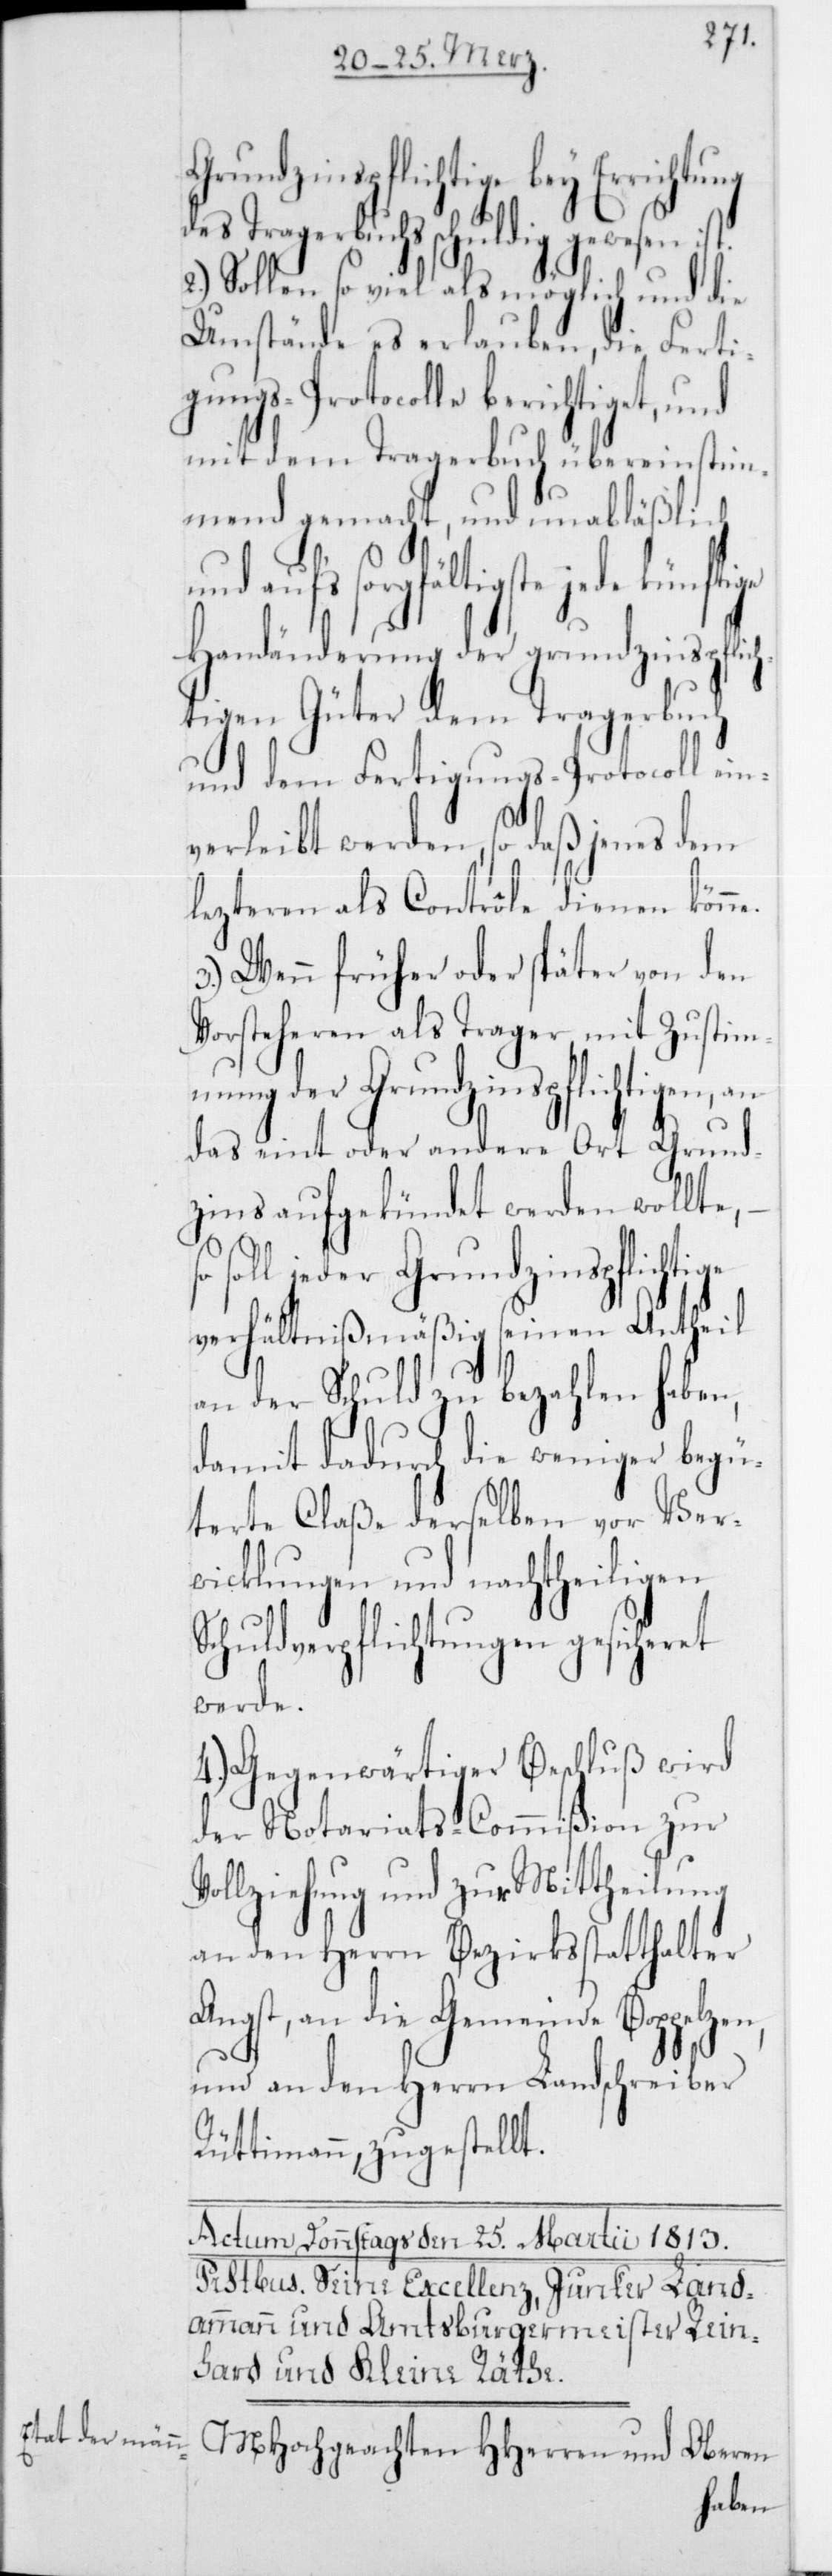
ge
Grundzinspflichtige bey Errichtung
Tragerbuchs schuldig gewesen
Sollen so viel als möglich und die
Umstände es erlauben, die Ferti¬
gungs-Protocolle berichtiget, und
mit dem Tragerbuch übereinstim¬
mend gemacht, und unabläßlich
sorgfältigste jede künftige
Handänderung der grundzinspflich¬
tigen Güter dem Tragerbuch
und dem Fertigungs-Protocoll ein¬
verleibt werden, so daß jenes dem
lezteren als Contrôle dienen könne.
3.) Wenn früher oder später von den
Vorsteheren als Trager, mit Zustim¬
mung der Grundzinspflichtigen,
das eint oder andere Ort Grund¬
zins aufgekündet werden wollte,
soll jeder Grundzinspflichti¬
verhältnißmäßig seinen Antheil
an der Schuld zu bezahlen haben,
damit dadurch die weniger begü¬
terte Claße derselben vor Ver¬
wicklungen und nachtheiligen
Schuldverpflichtungen gesicheret
werde.
4.) Gegenwärtiger Beschluß wird
der Notariats-Commißion zur
Vollziehung und zur Mittheilung
an den Herrn Bezirksstatthalter
Angst, an die Gemeinde Boppelzen,
und an den Herrn Landschreiber
Rüttimann, zugestellt.
MHochgeachten HHerren und Oberen